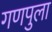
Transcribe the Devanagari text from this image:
गणपुला